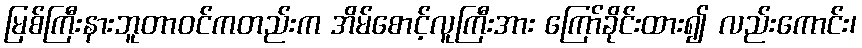
မြစ်ကြီးနားဘူတာဝင်ကတည်းက အိမ်စောင့်လူကြီးအား ကြော်ခိုင်းထား၍ လည်းကောင်း၊